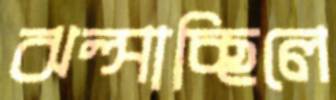
ঝল্‌সাচ্ছিলে